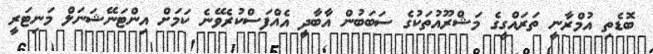
ބޮޑެތި އުމްރާނީ ތަރައްގީގެ މަޝްރޫއުތަކުގެ ސަބަބުން އާބާދީ އެއްފަސްކުރެވޭނެ ކަމަށް އިންޓަނޭޝަނަލް މަނިޓަރީ